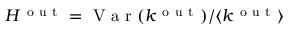
H ^ { \mathrm { ~ o ~ u ~ t ~ } } = \mathrm { ~ V ~ a ~ r ~ } ( k ^ { \mathrm { ~ o ~ u ~ t ~ } } ) / \langle k ^ { \mathrm { ~ o ~ u ~ t ~ } } \rangle